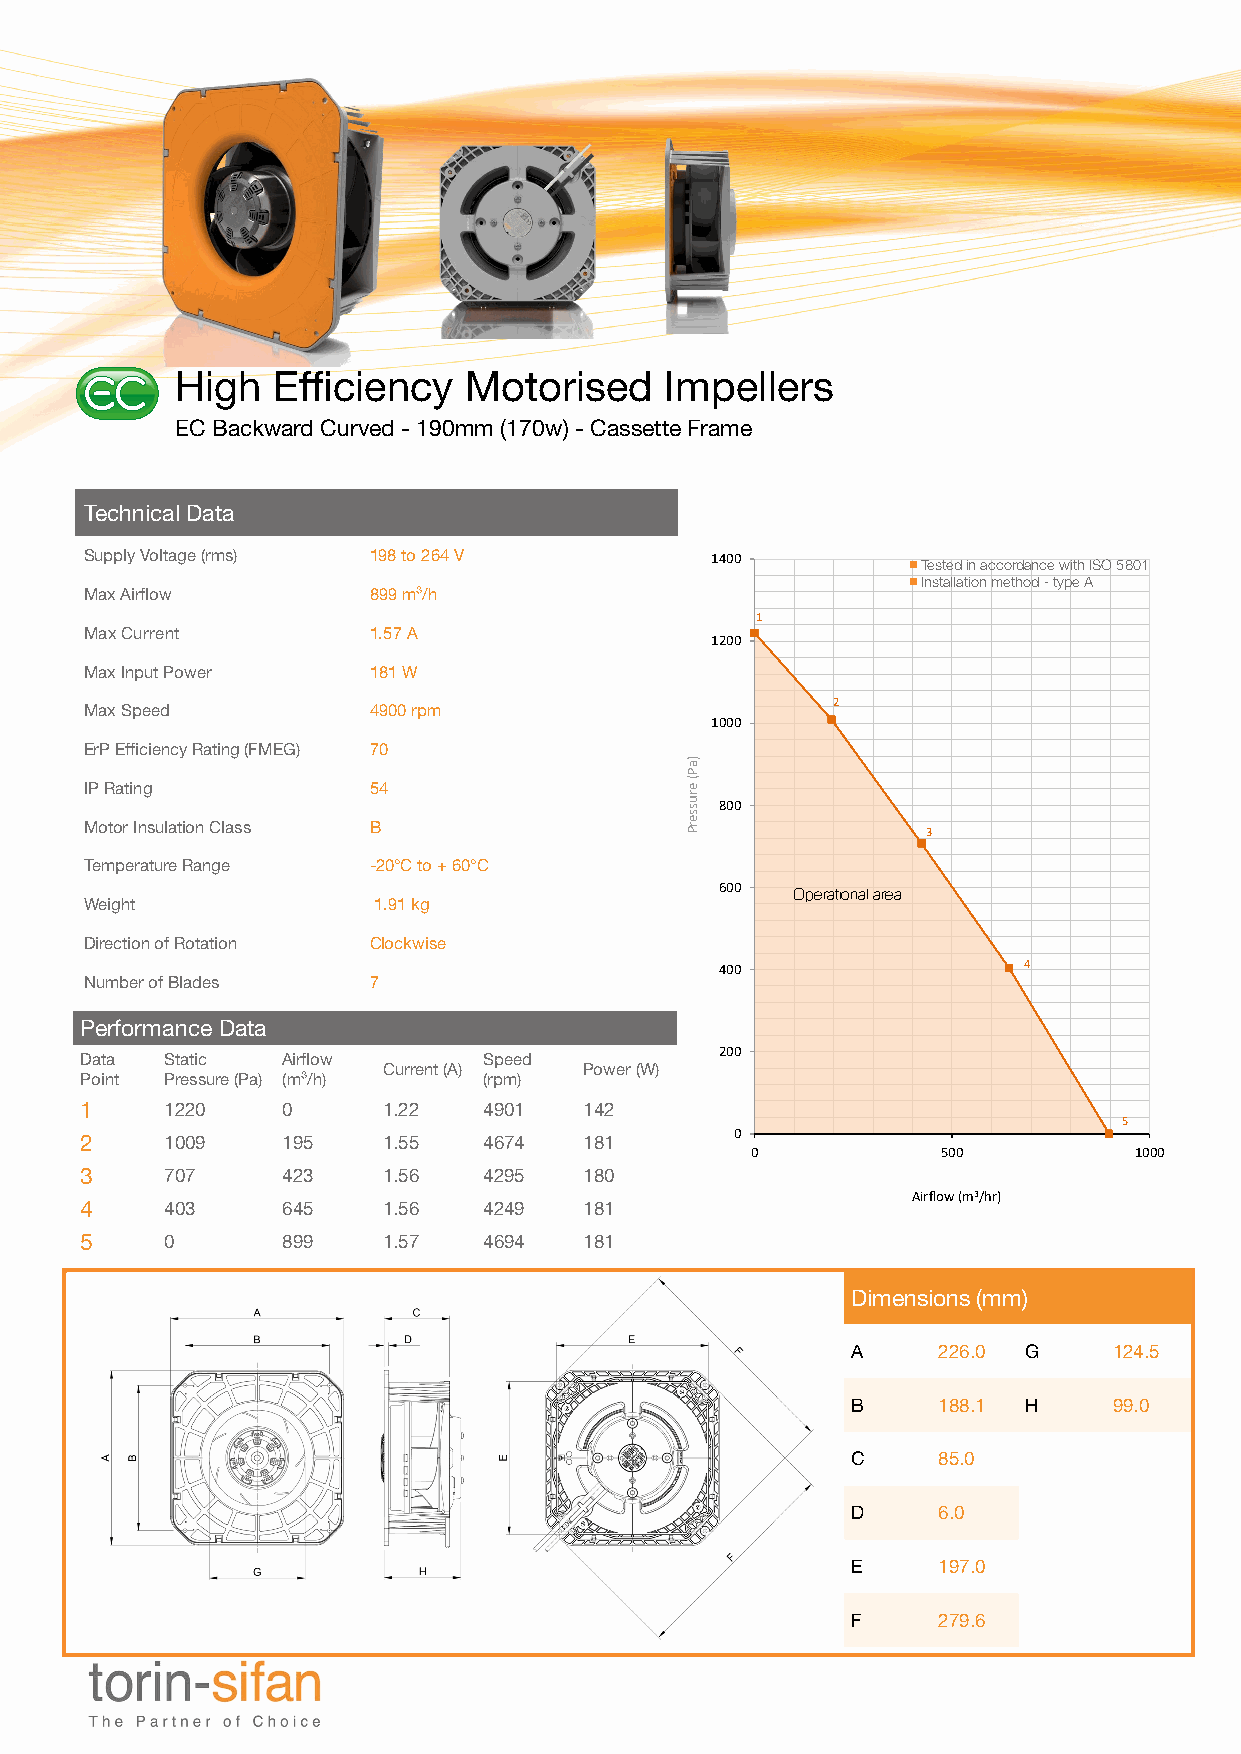
High  Efficiency   Motorised    Impellers
 Description:                   Graph File Reference
 EC Backward Curved - 190mm (170w) - CassetteP aFrt rNaummber:e Graph Shaded Area Graph
 Test Power Supply:
 Part Number or Description Here (Cell A4)
 Technical Data
 Supply Voltage (rms) 198 to 264 V        1400          Tested in accordance with ISO 5801
 Installation method - type A
 Max Airflow       899 m³/h
 1
 Max Current       1.57 A
 1200
 Max Input Power   181 W
 Max Speed         4900 rpm                       2
 1000
 ErP Efficiency Rating (FMEG) 70
 IP Rating         54
 800
 Motor Insulation Class B
 3
 Temperature Range -20°C to + 60°C
 600 Operational area
 Weight             1.91 kg
 Direction of Rotation Clockwise
 400                 4
 Number of Blades  7
 Performance Data
 Data  Static  Airflow      Speed           200
 Current (A)   Power (W)
 Point Pressure (Pa) (m³/h) (rpm)
 1     1220    0     1.22   4901   142
 5
 2     1009    195   1.55   4674   181       0
 0           500          1000
 3     707     423   1.56   4295   180
 Airflow (m3/hr)
 4     403     645   1.56   4249   181
 5     0       899   1.57   4694   181
 Dimensions (mm)
 A     226.0 G     124.5
 B     188.1 H     99.0
 C     85.0
 D     6.0
 E     197.0
 F     279.6
 )aP(
 erusserP